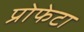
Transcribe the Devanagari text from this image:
प्रोफेटा